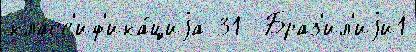
класс'иф'ика́циjа 31  Браз'ил'иjи1